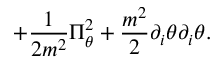
+ { \frac { 1 } { 2 m ^ { 2 } } } \Pi _ { \theta } ^ { 2 } + { \frac { m ^ { 2 } } { 2 } } \partial _ { i } \theta \partial _ { i } \theta .